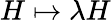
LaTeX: H\mapsto\lambda H